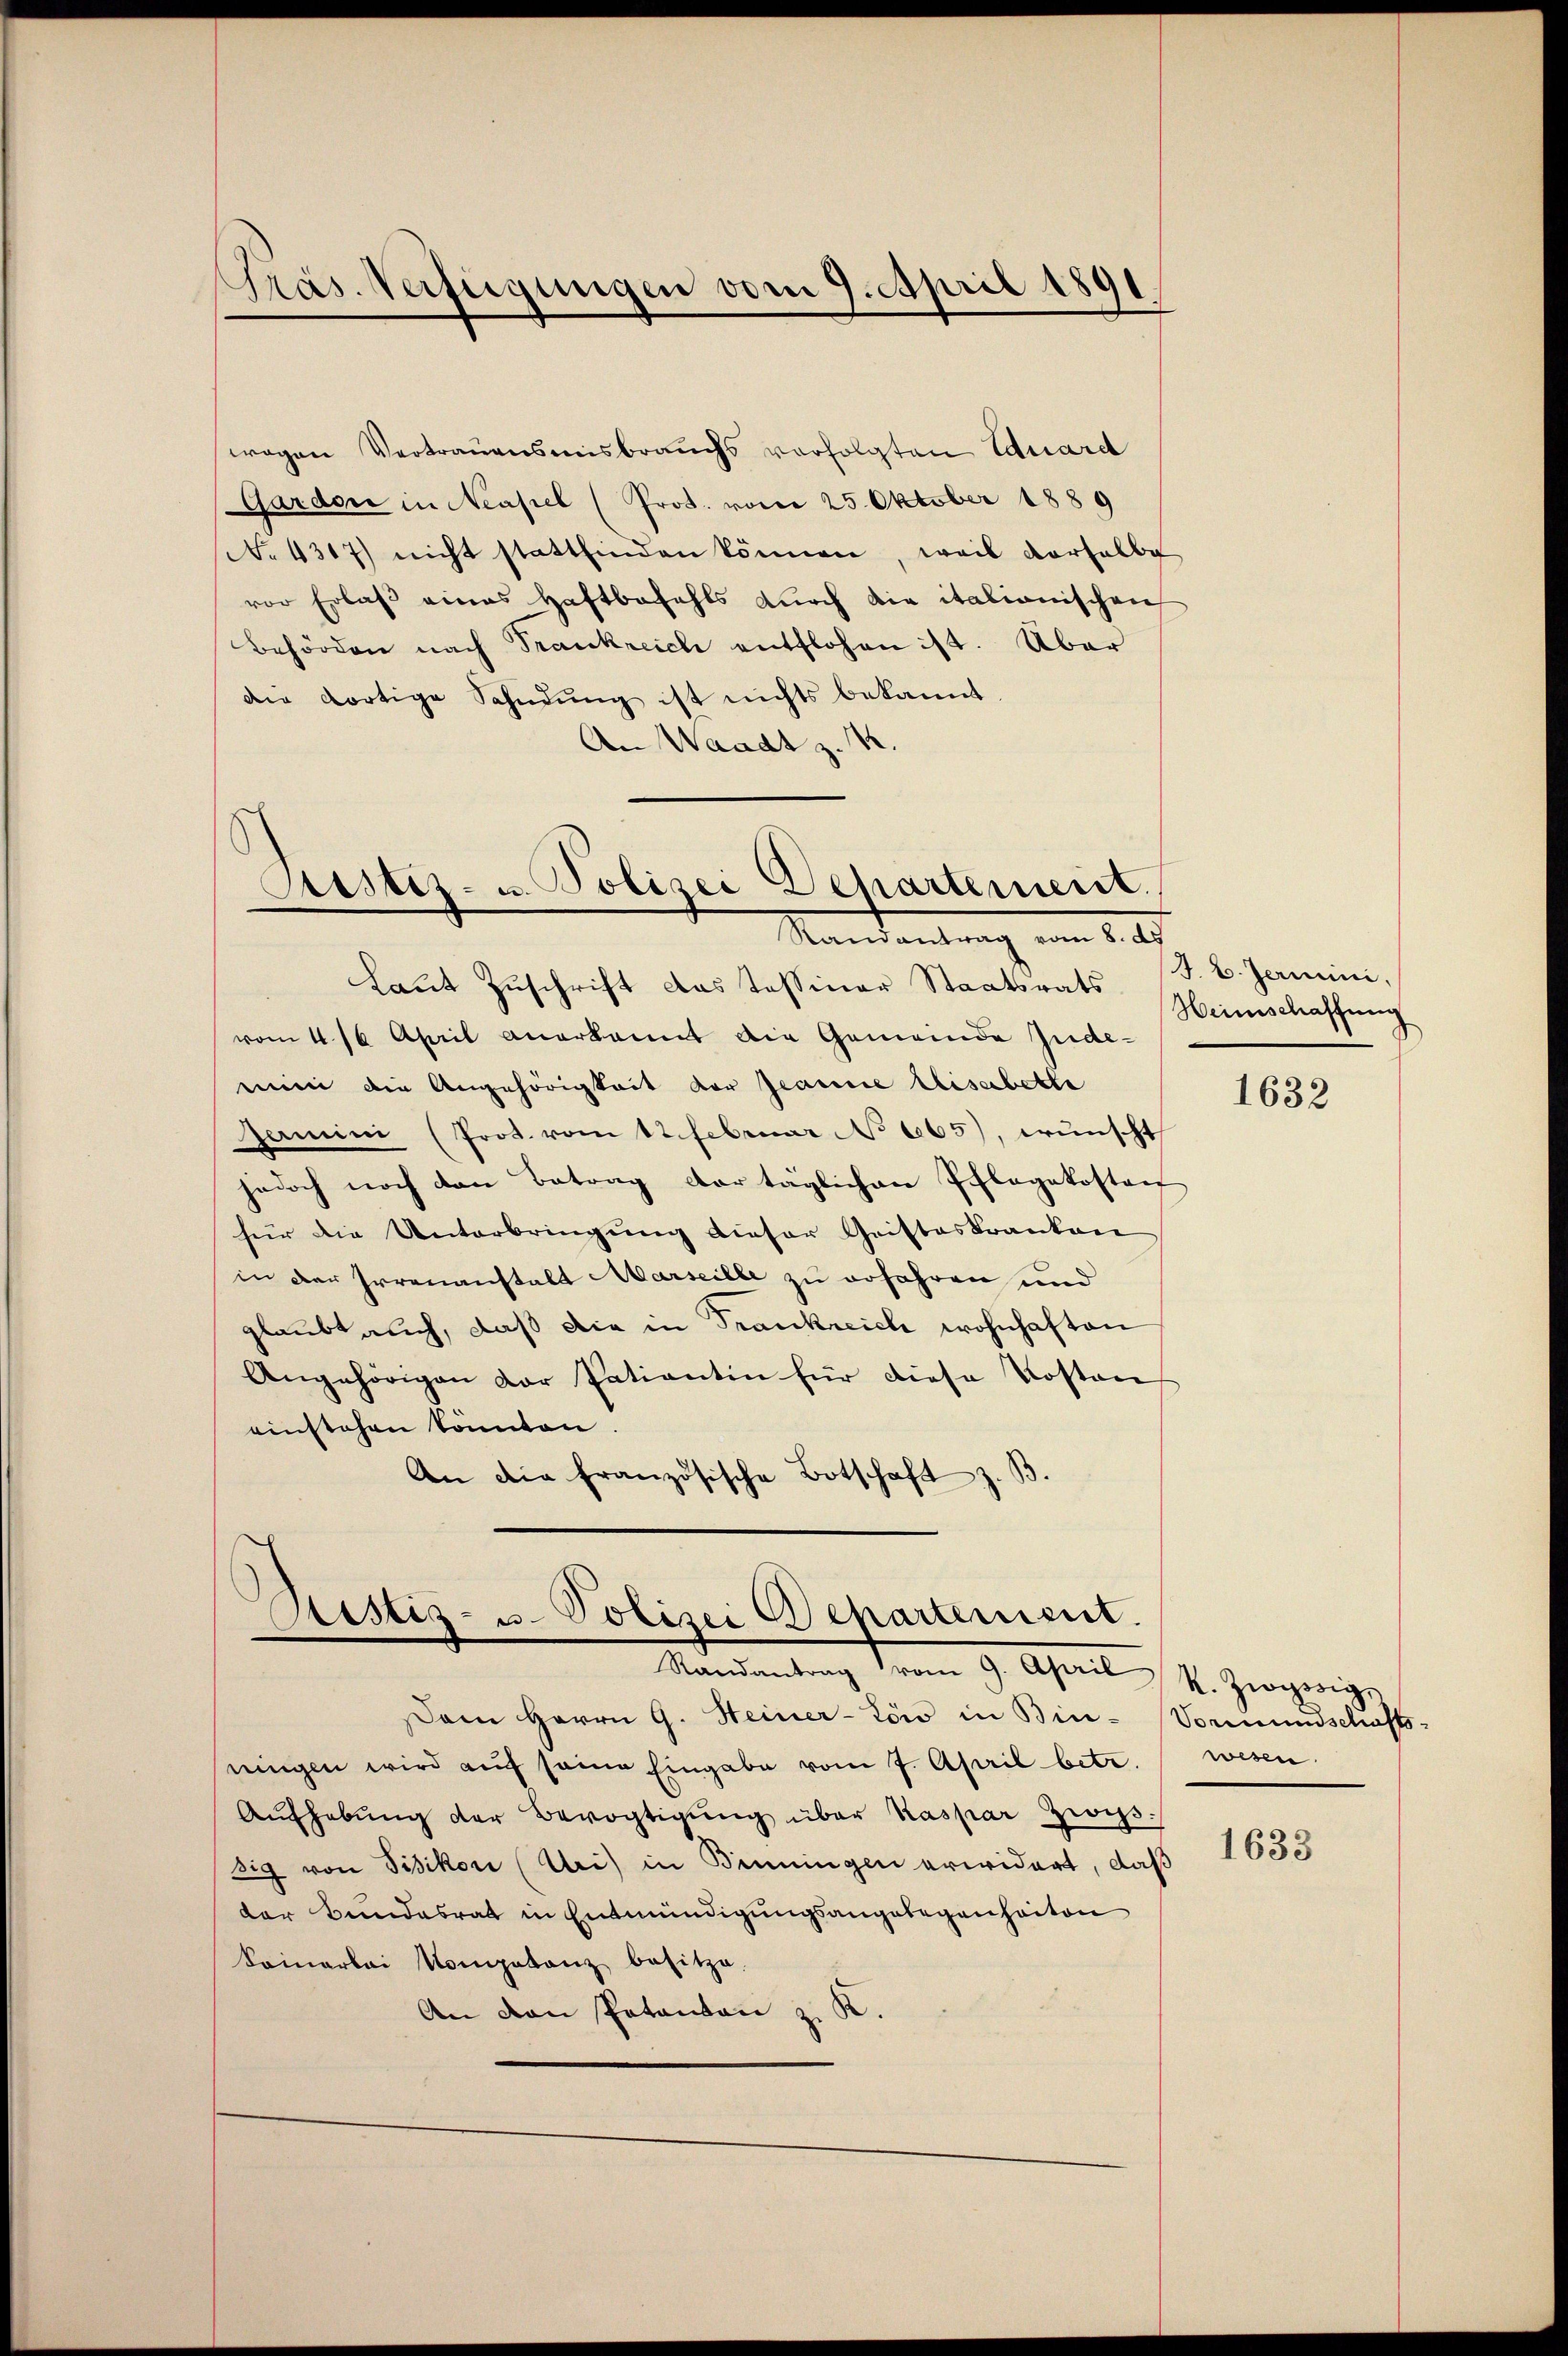
Präs. Verfügungen vom 9. April 1891

wegen Vertrauensmisbrauchs vorfolgten Eduard
Gardon in Neapel (Prot. vom 25. Oktober 1889
. 4317) nicht stattfinden können, weil verhalbe
vor Erlaß eines Haftbefahls durch die italionischen
Behörden nach Trankreich entflohen ist. Über
die dortige Sehndŭng ist nichts bekannt.
An Waadt z. 12.

Prustiz- u. Polizei Departement.
Mandantung vom 1.

Laut Zuschrift das Tessiner Staatsrats
vom 4. 16 April anerkannt die Gemeinde Jude-
min die Angehörigkeit der Jeanne Elisabette
Gamini (Prot. vom 12. Februar No 665), wünscht
jedoch noch den Betrag der täglichen Pflegekosten
für die Unterbringung dieser Gristeskranken
in der Irrenanstalt Marseille zu erfahren und
glaubt auch, daß die in Trankreich wohnhaften
Angehörigen dor Patiantin für diese Kosten
einstehen Sonnten
An die französische Botschaft z. B.

Sistiz- u. Polizei Departement.
Mandantrag von 9. April 14. Zwange

Dem Herrn G. Heiner-Löw in Binningen wird auf seine Eingabe vom 7. April betr. wesen.
Aŭfhebŭng der Bevogtigŭng über Kaspar Zwis
sig von Fisikon (Uri) in Benningen erwidert, daß
der Bundesrat in Entmündigungsangelegenheiten
Samarlei Kompetanz besitze.
An von Patanton z. K.

J. B. Termini,
Heimschaffung

1632

Vormundschafts-

1633